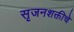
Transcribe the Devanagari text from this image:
सृजनशक्तीचे